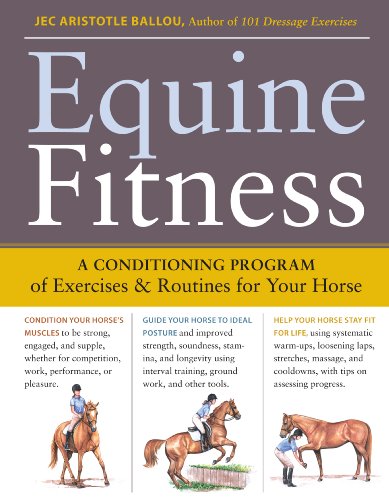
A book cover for Equine Fitness: A Program of Exercises and Routines for Your Horse; Jec Aristotle Ballou; Crafts, Hobbies & Home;